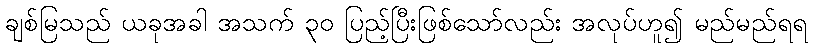
ချစ်မြသည် ယခုအခါ အသက် ၃၀ ပြည့်ပြီးဖြစ်သော်လည်း အလုပ်ဟူ၍ မည်မည်ရရ